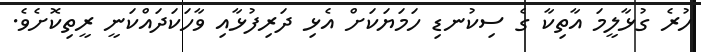
ހުރެ ގުޅާލީމަ އާތިކާ ގެ ސިކުނޑި ހަމަޔަކަށް އެޅި ދަރިފުޅާއި ވާހަކަދައްކަނީ ރީތިކޮށެވެ.